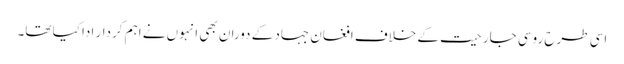
اسی طرح روسی جارحیت کے خلاف افغان جہاد کے دوران بھی انہوں نے اہم کردار ادا کیا تھا۔